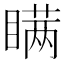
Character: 瞒